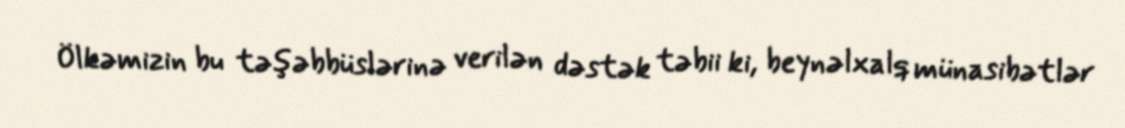
Ölkəmizin bu təşəbbüslərinə verilən dəstək təbii ki, beynəlxalq münasibətlər